Medical and sanitary report of the native army of Bengal for the year
Year: 1876
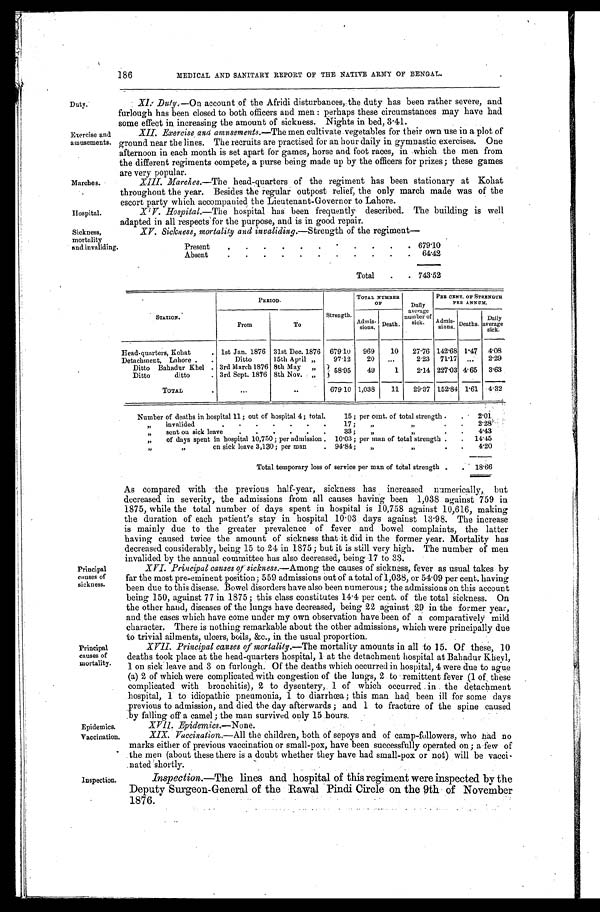
186
MEDICAL AND SANITARY REPORT OF THE NATIVE ARMY OF BENGAL.
Duty.
XI. Duty. —On ccount of the Afridi disturbances, the duty has been rather severe, and
furlough has been closed to both officers and men: perhaps these circumstances may have had
some effect in increasing the amount of sickness. Nights in bed, 3.41.
Exercise and
amusements.
XII. Exercise and amusements.—The men cultivate vegetables for their own use in a plot of
ground near the lines. The recruits are practised for an hour daily in gymnastic exercises. One
afternoon in each month is set apart for games, horse and foot races, in which the men from
the different regiments compete, a purse being made up by the officers for prizes; these games
are very popular.
Marches.
XIII. Marches.— The head-quarters of the regiment has been stationary at Kohat
throughout the year. Besides the regular outpost relief, the only march made was of the
escort party which accompanied the Lieutenant-Governor to Lahore.
Hospital.
XIV. Hospital. —The hospital has been frequently, described. The building is well
adapted in all respects for the purpose, and is in good repair.
Sickness, mortality and invaliding. XV. Sickness, mortality and invaliding. —Strength of the regiment
—
STATION.
P E R I O D .
Strength.
TOTAL NUMBER
OF
Daily
average
number of
sick.
PRE CENT. OF STRENGTH
PER ANNUM.
From
To
Admi s- si ons. Death.
Admis- sions. Deaths. Daily
average sick.
Head-quarters, Kohat
1st Jan. 1876 31st Dec. 1876 679.10 969 10 27.76 142.68 1.47 4.08
Detachment, Lahore
Ditto 15th April „ 97.12 20
2.23 71.17
2.29
Ditto Bahadur Khel 3rd March 1876 8th May " 58.95 49 1 2.14 227.03 4.65 3.63
Ditto ditto
3rd Sept. 1876 8th Nov.„
TOTAL
679.10 1,038 11 29.37 152.84 1.61 4. 32
Number of deaths in hospital 11; out of hospital 4; total 15; per cent. of total strength
2.01
„ i n v a l i d e d 1 7 ; „ „
2 . 2 8
„ s e n t o n s i c k l e a v e 3 3 ; „ „
4. 43
„ o f d a y s s p e n t i n h o s p i t a l 1 0 , 7 5 0 ; p e r a d m i s s i o n 1 0 . 0 3 ; p e r m a n o f t o t a l s t r e n g t h
14.45
„ „
on sick leave 3,130; per man 94.84; „ „
4.20
Total temporary loss of service per man of total strength
18.66
As compared with the previous half-year, sickness has increased numerically, but
decreased in severity, the admissions from all causes having been 1,038 against 759 in
1875, while the total number of days spent in hospital is 10,758 against 10,616, making
the duration of each patient's stay in hospital 10.03 days against 13.98. The increase
is mainly due to the greater prevalence of fever and bowel complaints, the latter
having caused twice the amount of sickness that it did in the former year. Mortality has
decreased considerably, being 15 to 24 in 1875; but it is still very high. The number of men
invalided by the annual committee has also decreased, being 17 to 33.
Principal causes of
sickness.
XVI.Principal causes of sickness.— Among the causes of sickness, fever as usual takes by
far the most pre-eminent position; 559 admissions out of a total of 1,038, or 54.09 per cent. having
been due to this disease. Bowel disorders have also been numerous; the admissions on this account
being 150, against 77 in 1875; this class constitutes 14.4 per cent. of the total sickness. On
the other hand, diseases of the lungs have decreased, being 22 against 29 in the former year,
and the cases which have come under my own observation have been of a comparatively mild
character. There is nothing remarkable about the other admissions, which were principally due
to trivial ailments, ulcers, boils, &c., in the usual proportion.
Principal causes of
mortality.
XVII. Principal causes of mortality. —The mortality amounts in all to 15. Of these, 10
deaths took place at the head-quarters hospital, 1 at the detachment hospital at Bahadur Kheyl,
1 on sick leave and 3 on furlough. Of the deaths which occurred in hospital, 4 were due to ague
(a) 2 of which were complicated with congestion of the lungs, 2 to remittent fever (1 of these
complicated with bronchitis), 2 to dysentery, 1 of which occurred in the detachment
hospital, 1 to idiopathic pneumonia, 1 to diarrhœa; this man had been ill for some days
previous to admission, and died the day afterwards; and 1 to fracture of the spine caused
by falling off a camel; the man survived only 15 hours.
Epidemics.
XVII. Epidemics.—None.
Vaccination.
XIX. Vaccination.—All the children, both of sepoys and of camp-followers, who had no
marks either of previous vaccination or small-pox, have been successfully operated on; a few of
the men (about these there is a doubt whether they have had small-pox or not) will be vacci-
nated shortly.
Inspection.
Inspection.—The lines and hospital of this regiment were inspected by the
Deputy Surgeon-General of the Rawal Pindi Circle on the 9th of November
1876.
Present
679.10
Absent
64.42
Total
7 4 3 . 5 2